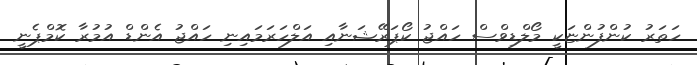
ހަތަރު ކުންފުންޏަކީ މޯލްޑިވްސް ހައްޖު ކޯޕަރޭޝަނާއި އަލްހަރަމައިނި ހައްޖު އެންޑް އުމުރާ ކޮމްޕެނީ